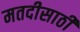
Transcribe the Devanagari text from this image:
मतदीसाठी